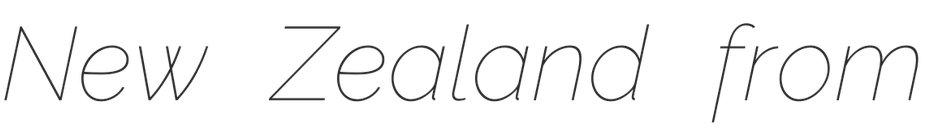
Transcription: New Zealand from